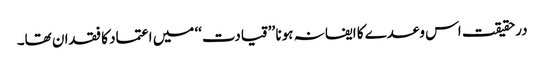
درحقیقت اس وعدے کا ایفا نہ ہونا ’’قیادت‘‘ میں اعتماد کا فقدان تھا۔